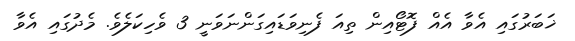
ޚަބަރުގައި އެވާ އެއް ފޮޓޯއިން ތިއަ ފެނިވަޑައިގަންނަވަނީ 3 ވެހިކަލެވެ. މެދުގައި އެވާ